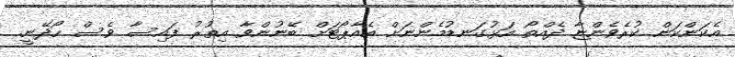
އެކަންކަން ކުރެވެންޏާ ދެއްތޯ އަޅުގަނޑުމެންނަށް އެއާޕޯޓަށް ބޭނުންވާ އިތުރު ފައިސާ ވެސް ހޯދޭނީ.